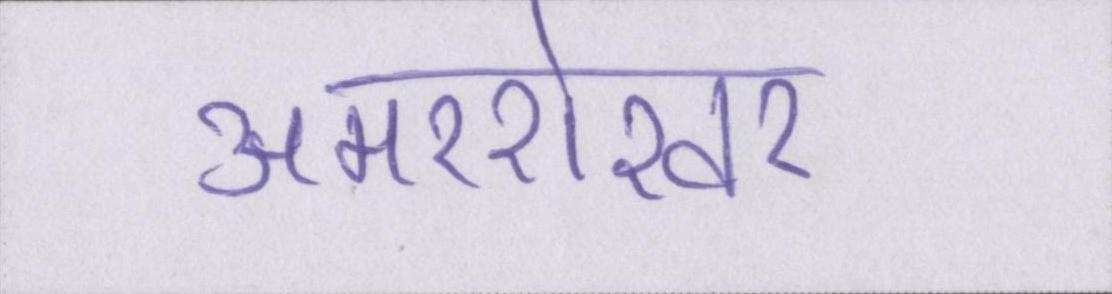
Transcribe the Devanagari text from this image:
अमरशेखर